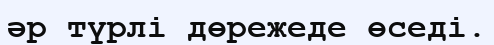
әр түрлі дөрежеде өседі.